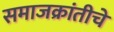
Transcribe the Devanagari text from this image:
समाजक्रांतीचे